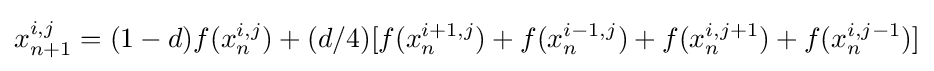
x_{n+1}^{i,j}=(1-d)f(x_{n}^{i,j})+(d/4)[f(x_{n}^{i+1,j})+f(x_{n}^{i-1,j})+f(x_{n}^{i,j+1})+f(x_{n}^{i,j-1})]